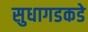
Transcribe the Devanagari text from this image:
सुधागडकडे